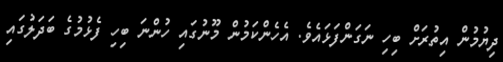
ދިޔުމުން އިތުރަށް ބިހި ނަގަންފަޅައެވެ. އެހެންކަމުން މޫނުގައި ހުންނަ ބިހި ފެޅުމުގެ ބަދަލުގައި